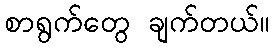
စာရွက်တွေ ချက်တယ်။